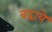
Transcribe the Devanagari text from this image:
बढा़ये